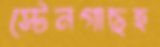
স্টেনগাছহ